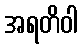
အရတိဝါ